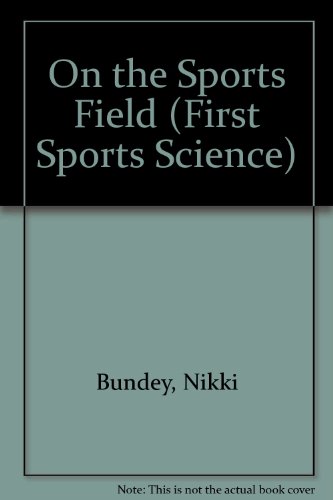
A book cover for On the Sports Field (First Sports Science); Nikki Bundey; Sports & Outdoors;